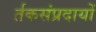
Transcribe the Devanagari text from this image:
र्तकसंप्रदायों